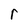
Character: r